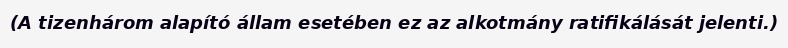
(A tizenhárom alapító állam esetében ez az alkotmány ratifikálását jelenti.)